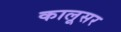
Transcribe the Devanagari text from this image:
कालूसर